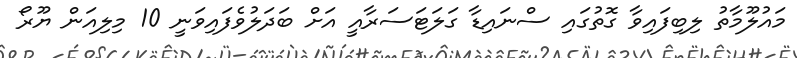
މައުލޫމާތު ލިބިފައިވާ ގޮތުގައި ސްނައިޑާ ގަލަޓަސަރާއީ އަށް ބަދަލުވެފައިވަނީ 10 މިލިއަން ޔޫރޯ